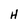
Character: H